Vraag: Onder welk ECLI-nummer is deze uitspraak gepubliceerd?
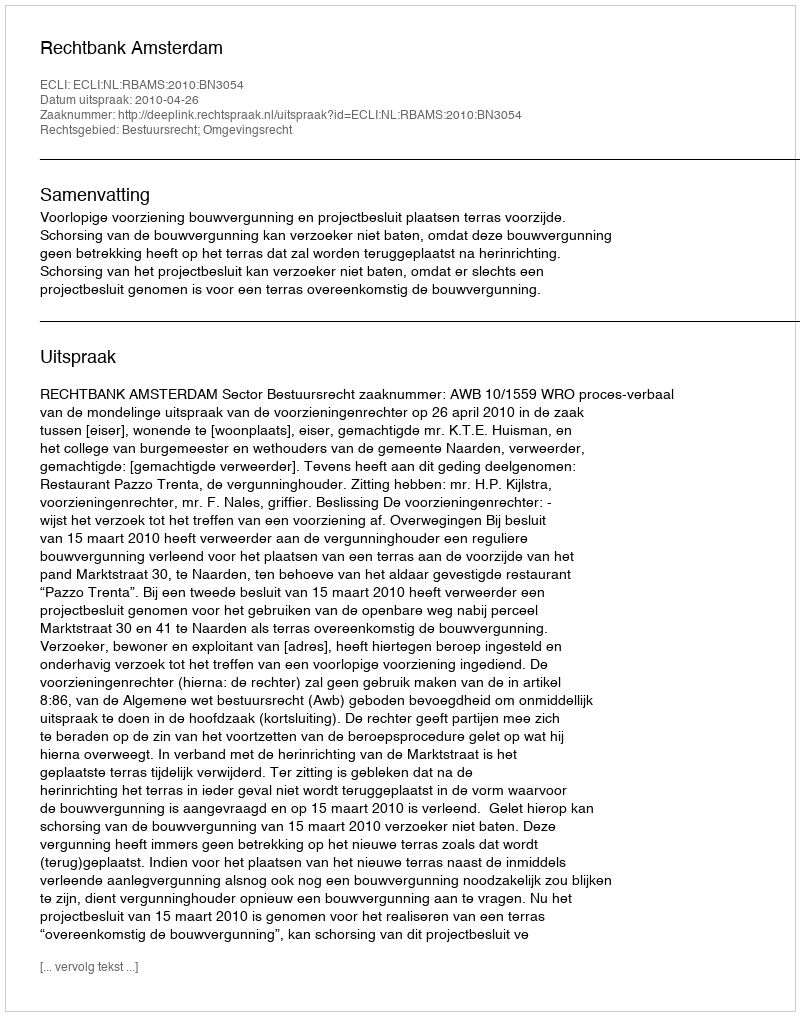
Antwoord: ECLI:NL:RBAMS:2010:BN3054